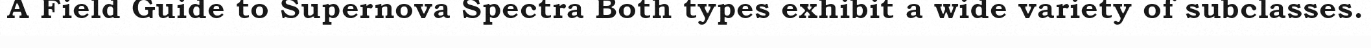
A Field Guide to Supernova Spectra Both types exhibit a wide variety of subclasses.